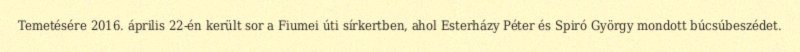
Temetésére 2016. április 22-én került sor a Fiumei úti sírkertben, ahol Esterházy Péter és Spiró György mondott búcsúbeszédet.